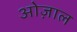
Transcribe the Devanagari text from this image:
ओज़ाल